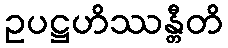
ဥပဋ္ဌဟိဿန္တီတိ